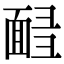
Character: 𩈟